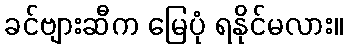
ခင်ဗျားဆီက မြေပုံ ရနိုင်မလား။